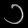
Digit: ၁